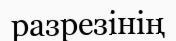
разрезінің